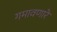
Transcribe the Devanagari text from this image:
गमावणारे